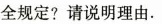
全规定?请说明理由.